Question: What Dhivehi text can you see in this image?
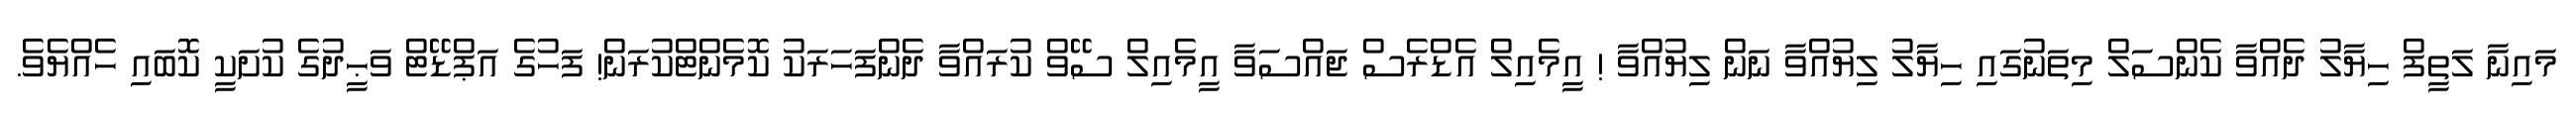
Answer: މައިނާ ލަތީފް ހިޔާލު ދެއްވާ ކެންސަލް މިތަނުގައި ހިޔާލު ލިޔުއްވާ ނަން ލިޔުއްވާ ! އީމެއިލް އެޑްރެސް ޖައްސަވާ އީމެއިލް ސޭވް ކުރައްވާ ދެންފަހަރަކު ކޮމެންޓްކުރަން! ފަހުގެ އަޕްޑޭޓް ވަޙީދުގެ ކުށަކީ ކޮބައި ހެއްޔެވެ.